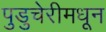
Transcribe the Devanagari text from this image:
पुडुचेरीमधून